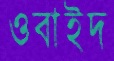
ওবাইদ